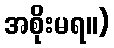
အစိုးမရ။)